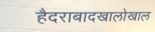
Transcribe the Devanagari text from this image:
हैदराबादखालोखाल